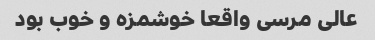
عالی مرسی واقعا خوشمزه و خوب بود